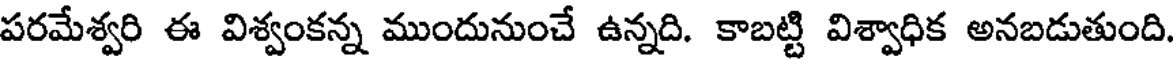
పరమేశ్వరి ఈ విశ్వంకన్న ముందునుంచే ఉన్నది. కాబట్టి విశ్వాధిక అనబడుతుంది.